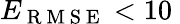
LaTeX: E_{\mathrm{~R~M~S~E~}}<10\